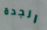
الجدة